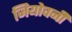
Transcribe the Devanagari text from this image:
जियोवनी